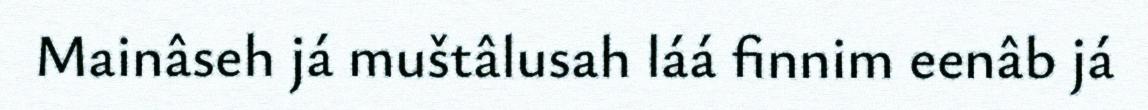
Mainâseh já muštâlusah láá finnim eenâb já